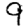
Digit: 9